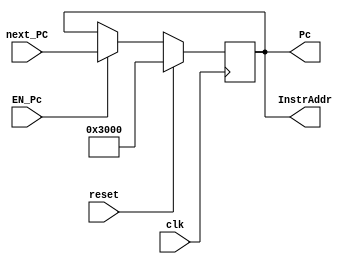
`timescale 1ns / 1ps
module F_PC(
    input clk,
    input reset,
    input EN_Pc,
    input [31:0] next_PC, 
    output [31:0] Pc, 
    output [31:0] InstrAddr
);
    reg [31:0] Instr;
    
    always @(posedge clk) begin
        if (reset) Instr <= 32'h0000_3000; // synchronize reset
        else begin
            if (EN_Pc == 1'b1) Instr <= next_PC;
        end
    end
    
    assign InstrAddr = Instr;
    assign Pc = Instr;
endmodule //PC